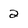
Character: 2